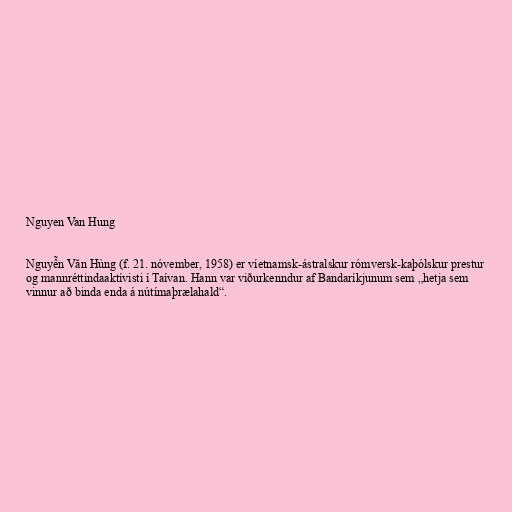
Nguyen Van Hung

Nguyễn Văn Hùng (f. 21. nóvember, 1958) er víetnamsk-ástralskur rómversk-kaþólskur prestur
og mannréttindaaktívisti í Taívan. Hann var viðurkenndur af Bandaríkjunum sem „hetja sem
vinnur að binda enda á nútímaþrælahald“.